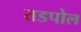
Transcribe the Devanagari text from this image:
तडपोल